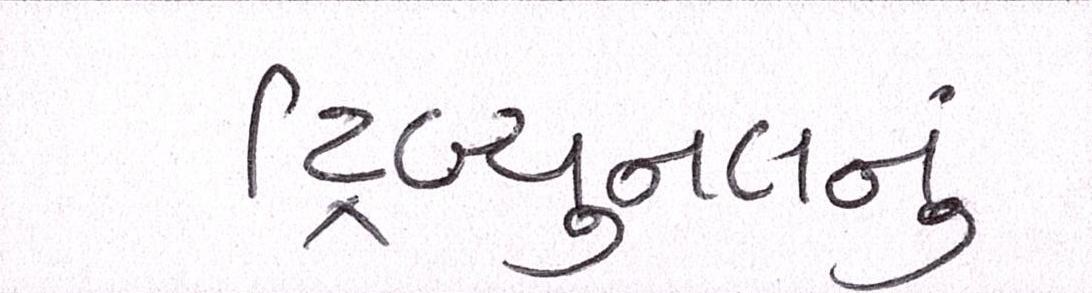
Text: ટ્રિબ્યુનલનું